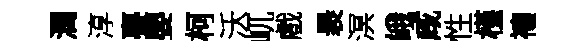
潤淳亹嬰柯沃屼戲褁溟峨咸性槿禳